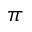
\pi